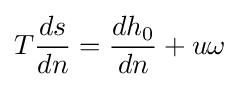
T{\frac {ds}{dn}}={\frac {dh_{0}}{dn}}+u\omega